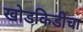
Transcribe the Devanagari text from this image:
खोडकिडीचा